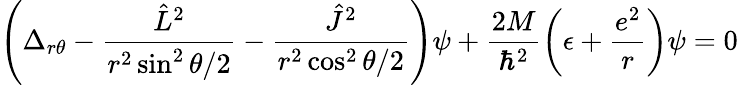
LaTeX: \left(\Delta_{r\theta}-\frac{{\hat{L}}^{2}}{r^{2}\sin^{2}\theta/2}-\frac{{\hat{J}}^{2}}{r^{2}\cos^{2}\theta/2}\right)\psi+\frac{2M}{\hbar^{2}}\left(\epsilon+\frac{e^{2}}{r}\right)\psi=0